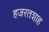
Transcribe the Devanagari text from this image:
हजरतशाह